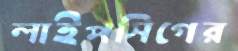
লাইপসিগের